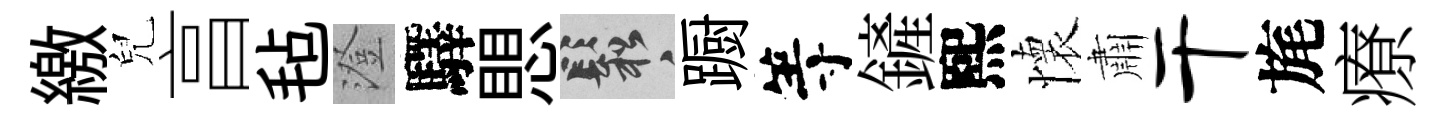
繳兒亯毡澄驛愳鬆蹰等鏟熙懷肅干旄療